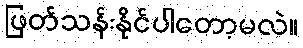
ဖြတ်သန်းနိုင်ပါတော့မလဲ။